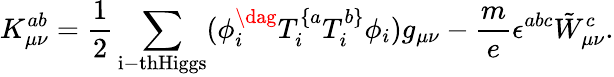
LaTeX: K_{\mu\nu}^{ab}=\frac{1}{2}\sum_{\mathrm{i-thHiggs}}(\phi_{i}^{\dag}T_{i}^{\{ a}T_{i}^{b\} }\phi_{i})g_{\mu\nu}-\frac{m}{e}\epsilon^{abc}\tilde{W}_{\mu\nu}^{c}.